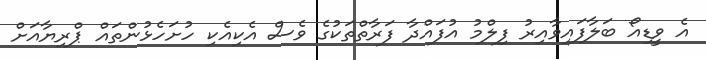
އެ ވީޑިއޯ ބަލާފައިވާއިރު ފިލްމު އުފައްދާ ފަރާތްތަކުގެ ވެސް އެކިއެކި ހުށަހެޅުންތައް ޕްރިޔާއަށް